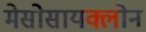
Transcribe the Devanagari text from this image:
मेसोसायक्लोन